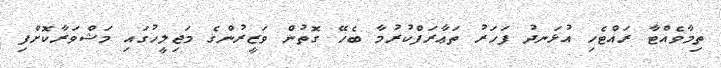
ތިމާވެއްޓާ ރައްޓެހި އުޅަނދު ފަހަރު ތަޢާރަފްކުރުމާ ބެހޭ ގޮތުން ވަޒީރުންގެ މަޖިލީހުގައި މަޝްވަރާކޮށްފި